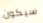
سيكون